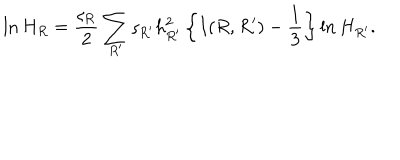
\ln H _ { R } = \frac { \varsigma _ { R } } { 2 } \sum _ { R ^ { \prime } } \varsigma _ { R ^ { \prime } } h _ { R ^ { \prime } } ^ { 2 } \left\{ I ( R , R ^ { \prime } ) - \frac { 1 } { 3 } \right\} \ln H _ { R ^ { \prime } } .